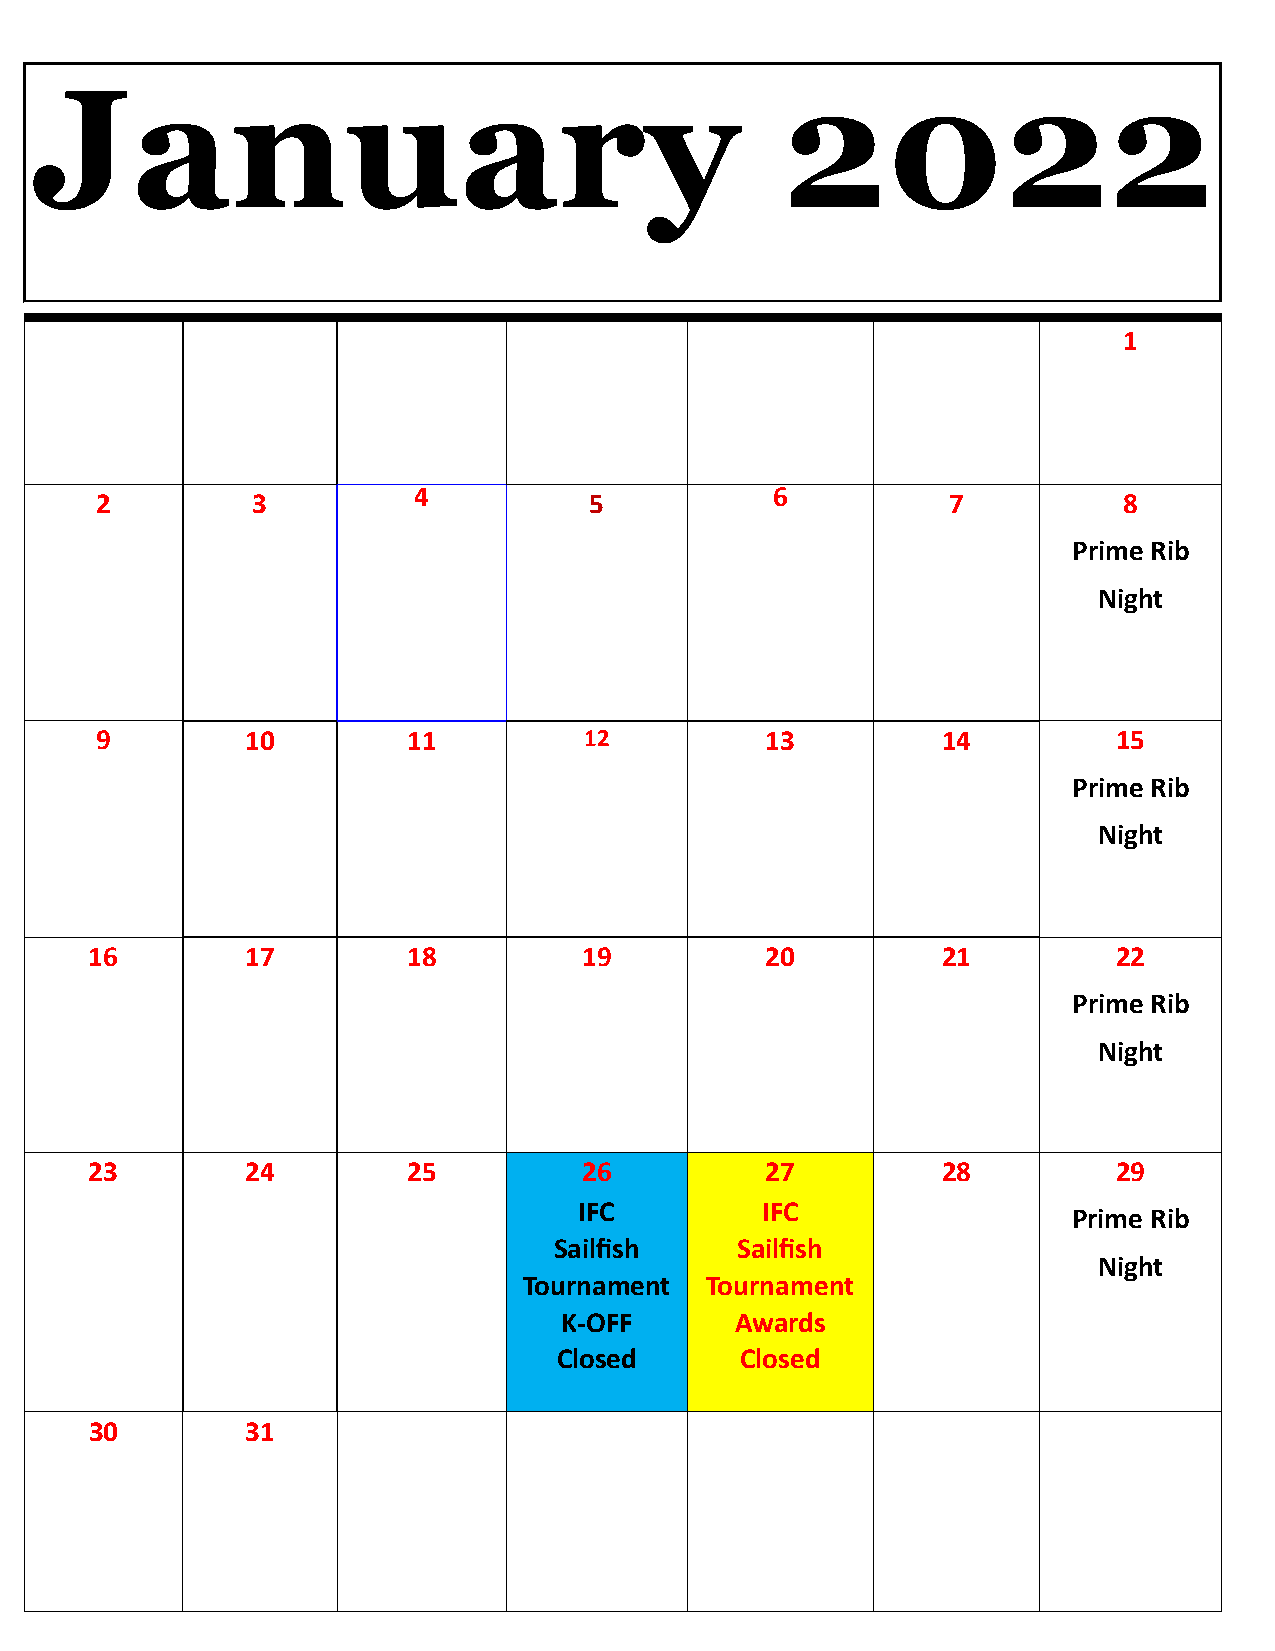
January                                           2022
 Sun       Mon        Tue        Wed          Thu         Fri        Sat
 1
 4                       6
 2          3                     5                       7          8
 Prime Rib
 Night
 9         10         11          12          13         14          15
 Prime Rib
 Night
 16        17         18          19          20         21          22
 Prime Rib
 Night
 23        24         25          26          27         28          29
 IFC         IFC
 Prime Rib
 Sailfish    Sailfish
 Night
 Tournament  Tournament
 K-OFF       Awards
 Closed      Closed
 30        31